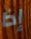
إذا